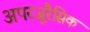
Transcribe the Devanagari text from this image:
अपरजूरैसिक